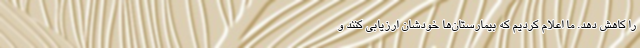
را کاهش دهد. ما اعلام کردیم که بیمارستان‌ها خودشان ارزیابی کنند و